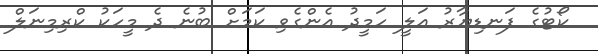
ކޯޓުގެ ފަނޑިޔާރު އަލީ ހަމީދު އެންގެވި ކަމަށް ބުނެ ދެ މީހަކު ކްރިމިނަލް